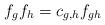
LaTeX: \begin{align*} f_g f_h=c_{g,h} f_{gh}\end{align*}